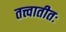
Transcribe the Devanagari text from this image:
तत्त्वातीतः